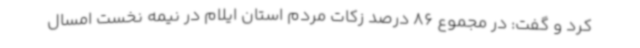
کرد و گفت: در مجموع 86 درصد زکات مردم استان ایلام در نیمه نخست امسال